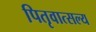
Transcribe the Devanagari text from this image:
पितृवात्सल्य